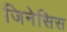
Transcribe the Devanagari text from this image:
जिनेसिस